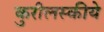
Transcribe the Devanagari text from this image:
कुरीलस्कीये